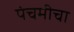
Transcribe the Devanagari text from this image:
पंचमीचा